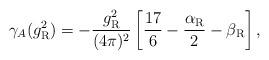
LaTeX: \begin{align*}\gamma_A(g_{\rm R}^2) =-\frac{g_{\rm R}^2}{(4\pi)^2} \left[\frac{17}6-\frac{\alpha_{\rm R}}2-\beta_{\rm R} \right],\end{align*}